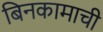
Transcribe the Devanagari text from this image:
बिनकामाची